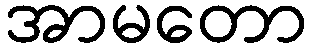
အာမတော